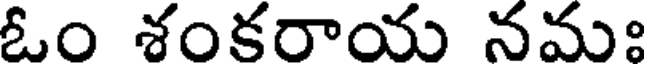
ఓం శంకరాయ నమః